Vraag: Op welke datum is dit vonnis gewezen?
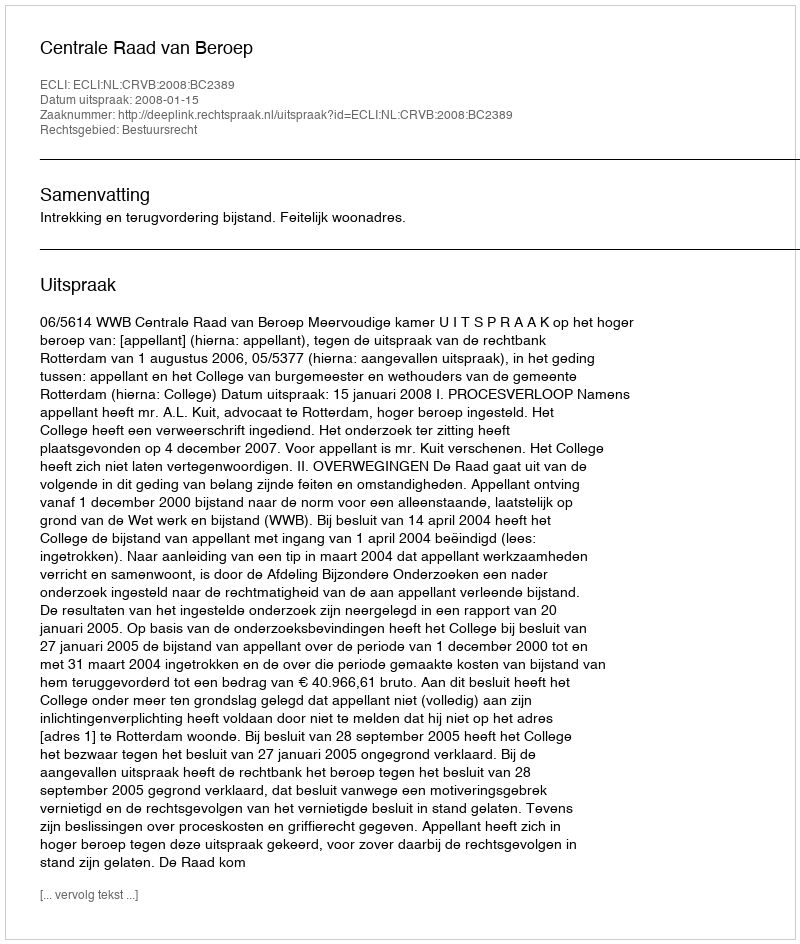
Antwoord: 2008-01-15